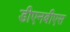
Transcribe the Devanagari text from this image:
डीएनबीएस